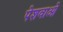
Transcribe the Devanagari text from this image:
पेशवाओ